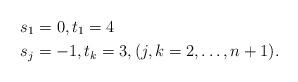
LaTeX: \begin{align*}&s_1 = 0,t_1 = 4\\& s_j = -1,t_k=3, (j,k = 2, \dots, n+1).\end{align*}